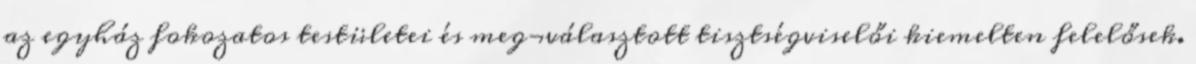
az egyház fokozatos testületei és meg¬választott tisztségviselői kiemelten felelősek.